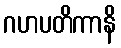
ဂဟပတိကာနိ